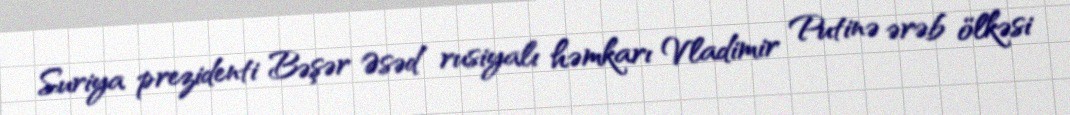
Suriya prezidenti Bəşər Əsəd rusiyalı həmkarı Vladimir Putinə ərəb ölkəsi